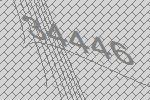
34446